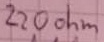
Text: 220ohm